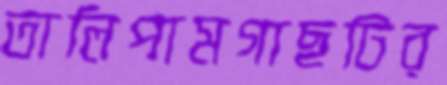
তালিপামগাছটির